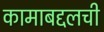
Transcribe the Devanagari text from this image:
कामाबद्दलची